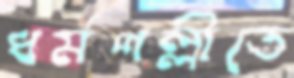
ধর্মপল্লীতে